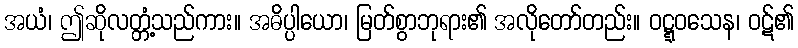
အယံ၊ ဤဆိုလတ္တံ့သည်ကား။ အဓိပ္ပါယော၊ မြတ်စွာဘုရား၏ အလိုတော်တည်း။ ဝဋ္ဋဝသေန၊ ဝဋ်၏